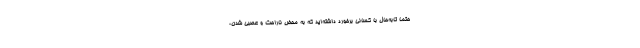
حتما تابه‌حال با کسانی برخورد داشته‌اید که به محض ناراحت و عصبی شدن،